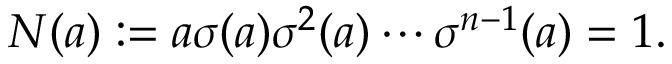
N ( a ) : = a \sigma ( a ) \sigma ^ { 2 } ( a ) \cdots \sigma ^ { n - 1 } ( a ) = 1 .